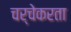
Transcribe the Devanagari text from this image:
चर्चेकरता